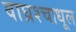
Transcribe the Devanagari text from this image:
वाघ्रश्चाधूल